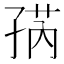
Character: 𱙽